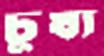
চূষ্য